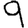
Digit: 9